Indian journal of veterinary science and animal husbandry - Volume 10,
Year: 1940
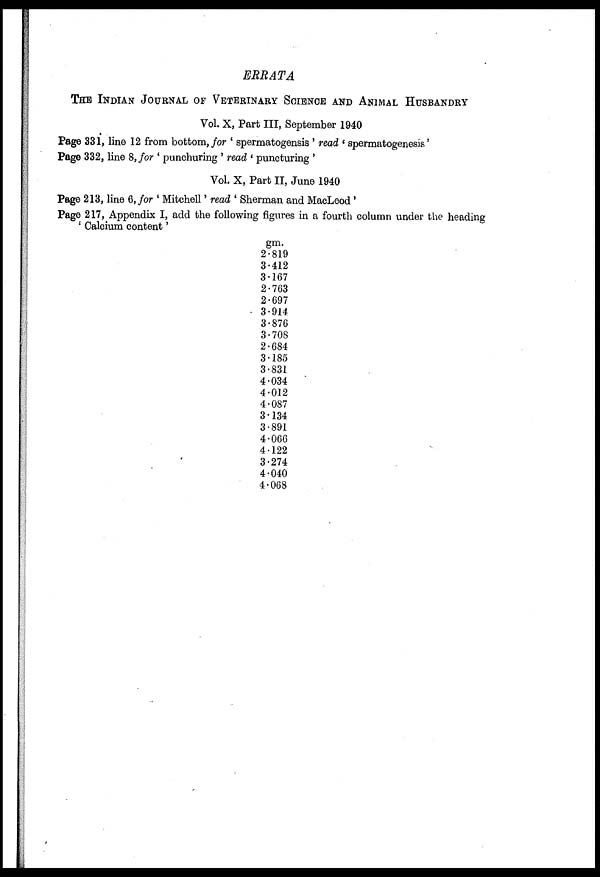
ERRATA
THE INDIAN JOURNAL OF VETERINARY SCIENCE AND ANIMAL HUSBANDRY
Vol. X, Part III, September 1940
Page 331, line 12 from bottom, for ' spermatogenesis ' read ' spermatogenesis'
Page 332, line 8, for ' punchuring ' read ' puncturing '
Vol. X, Part II, June 1940
Page 213, line 6, for ' Mitchell' read ' Sherman and MacLeod'
Page 217, Appendix I, add the following figures in a fourth column under the heading
' Calcium content'
gm.
2.819
3.412
3.167
2.763
2.697
3.914
3.876
3.708
2.684
3.185
3.831
4.034
4.012
4.087
3.134
3.891
4.066
4.122
3.274
4.040
4.068